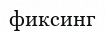
фиксинг